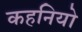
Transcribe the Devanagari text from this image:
कहनियो